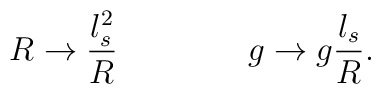
R \rightarrow {l_s^2 \over R} \qquad \qquad g \rightarrow g{l_s \over R}.